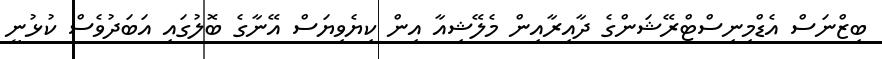
ބިޒްނަސް އެޑްމިނިސްޓްރޭޝަންގެ ދާއިރާއިން މެލޭޝިއާ އިން ކިޔެވިޔަސް އޭނާގެ ބޮލުގައި އަބަދުވެސް ކުޅުނީ